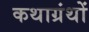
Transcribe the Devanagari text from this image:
कथाग्रंथों